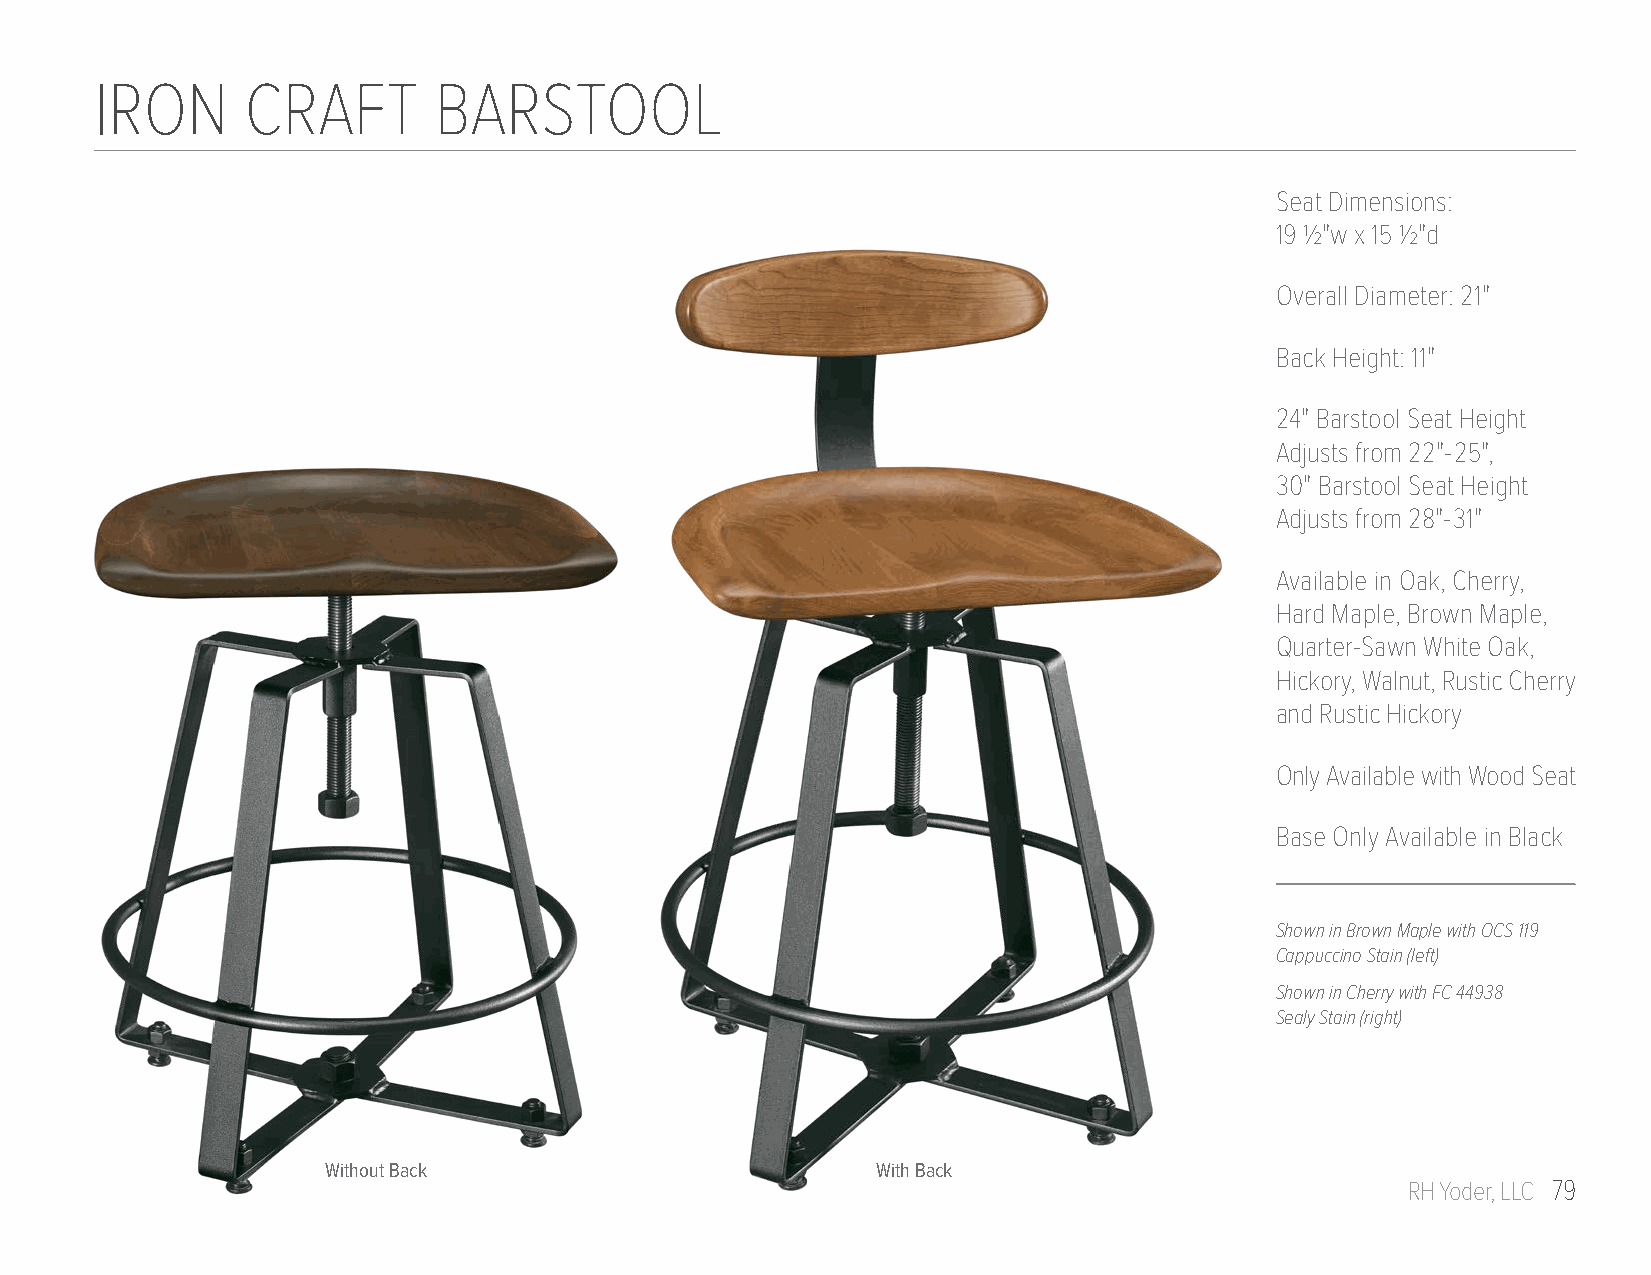
IRON      CRAFT        BARSTOOL
 Seat Dimensions:
 19 1/2"w x 15 1/2"d
 Overall Diameter: 21"
 Back Height: 11"
 24" Barstool Seat Height
 Adjusts from 22"-25",
 30" Barstool Seat Height
 Adjusts from 28"-31"
 Available in Oak, Cherry,
 Hard Maple, Brown Maple,
 Quarter-Sawn White Oak,
 Hickory, Walnut, Rustic Cherry
 and Rustic Hickory
 Only Available with Wood Seat
 Base Only Available in Black
 Shown in Brown Maple with OCS 119
 Cappuccino Stain (left)
 Shown in Cherry with FC 44938
 Sealy Stain (right)
 Without Back                        With Back
 RH Yoder, LLC 79